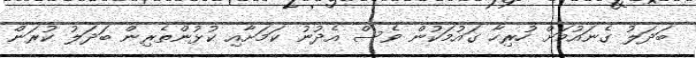
ބަދަލު ގެނައުމަށް ހުރިހާ ގައުމަކުން ވެސް އެދުނު ކަމަށާއި ކުޅުންތެރިން ބަދަލު ކުރަން